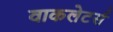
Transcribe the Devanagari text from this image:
वाकलेटर्स